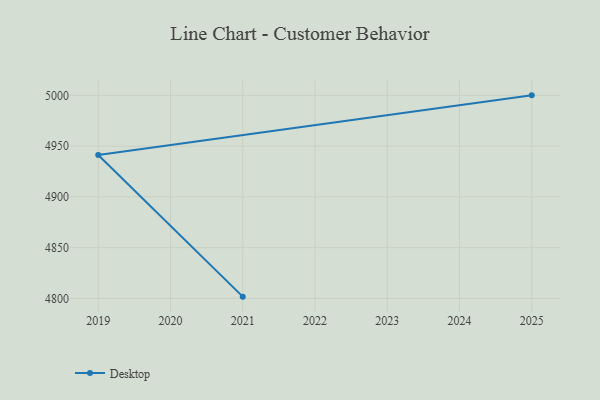
{"axis": {"x": "Year", "y": "Energy Usage (MWh)"}, "legend": ["Desktop"], "data": [{"x": "2021", "y": 4801.7, "type": "Desktop"}, {"x": "2019", "y": 4941.3, "type": "Desktop"}, {"x": "2025", "y": 5000, "type": "Desktop"}]}